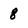
Character: 8